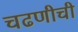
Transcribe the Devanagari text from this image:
चढणीची